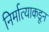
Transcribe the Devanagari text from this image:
निर्मात्याकडून